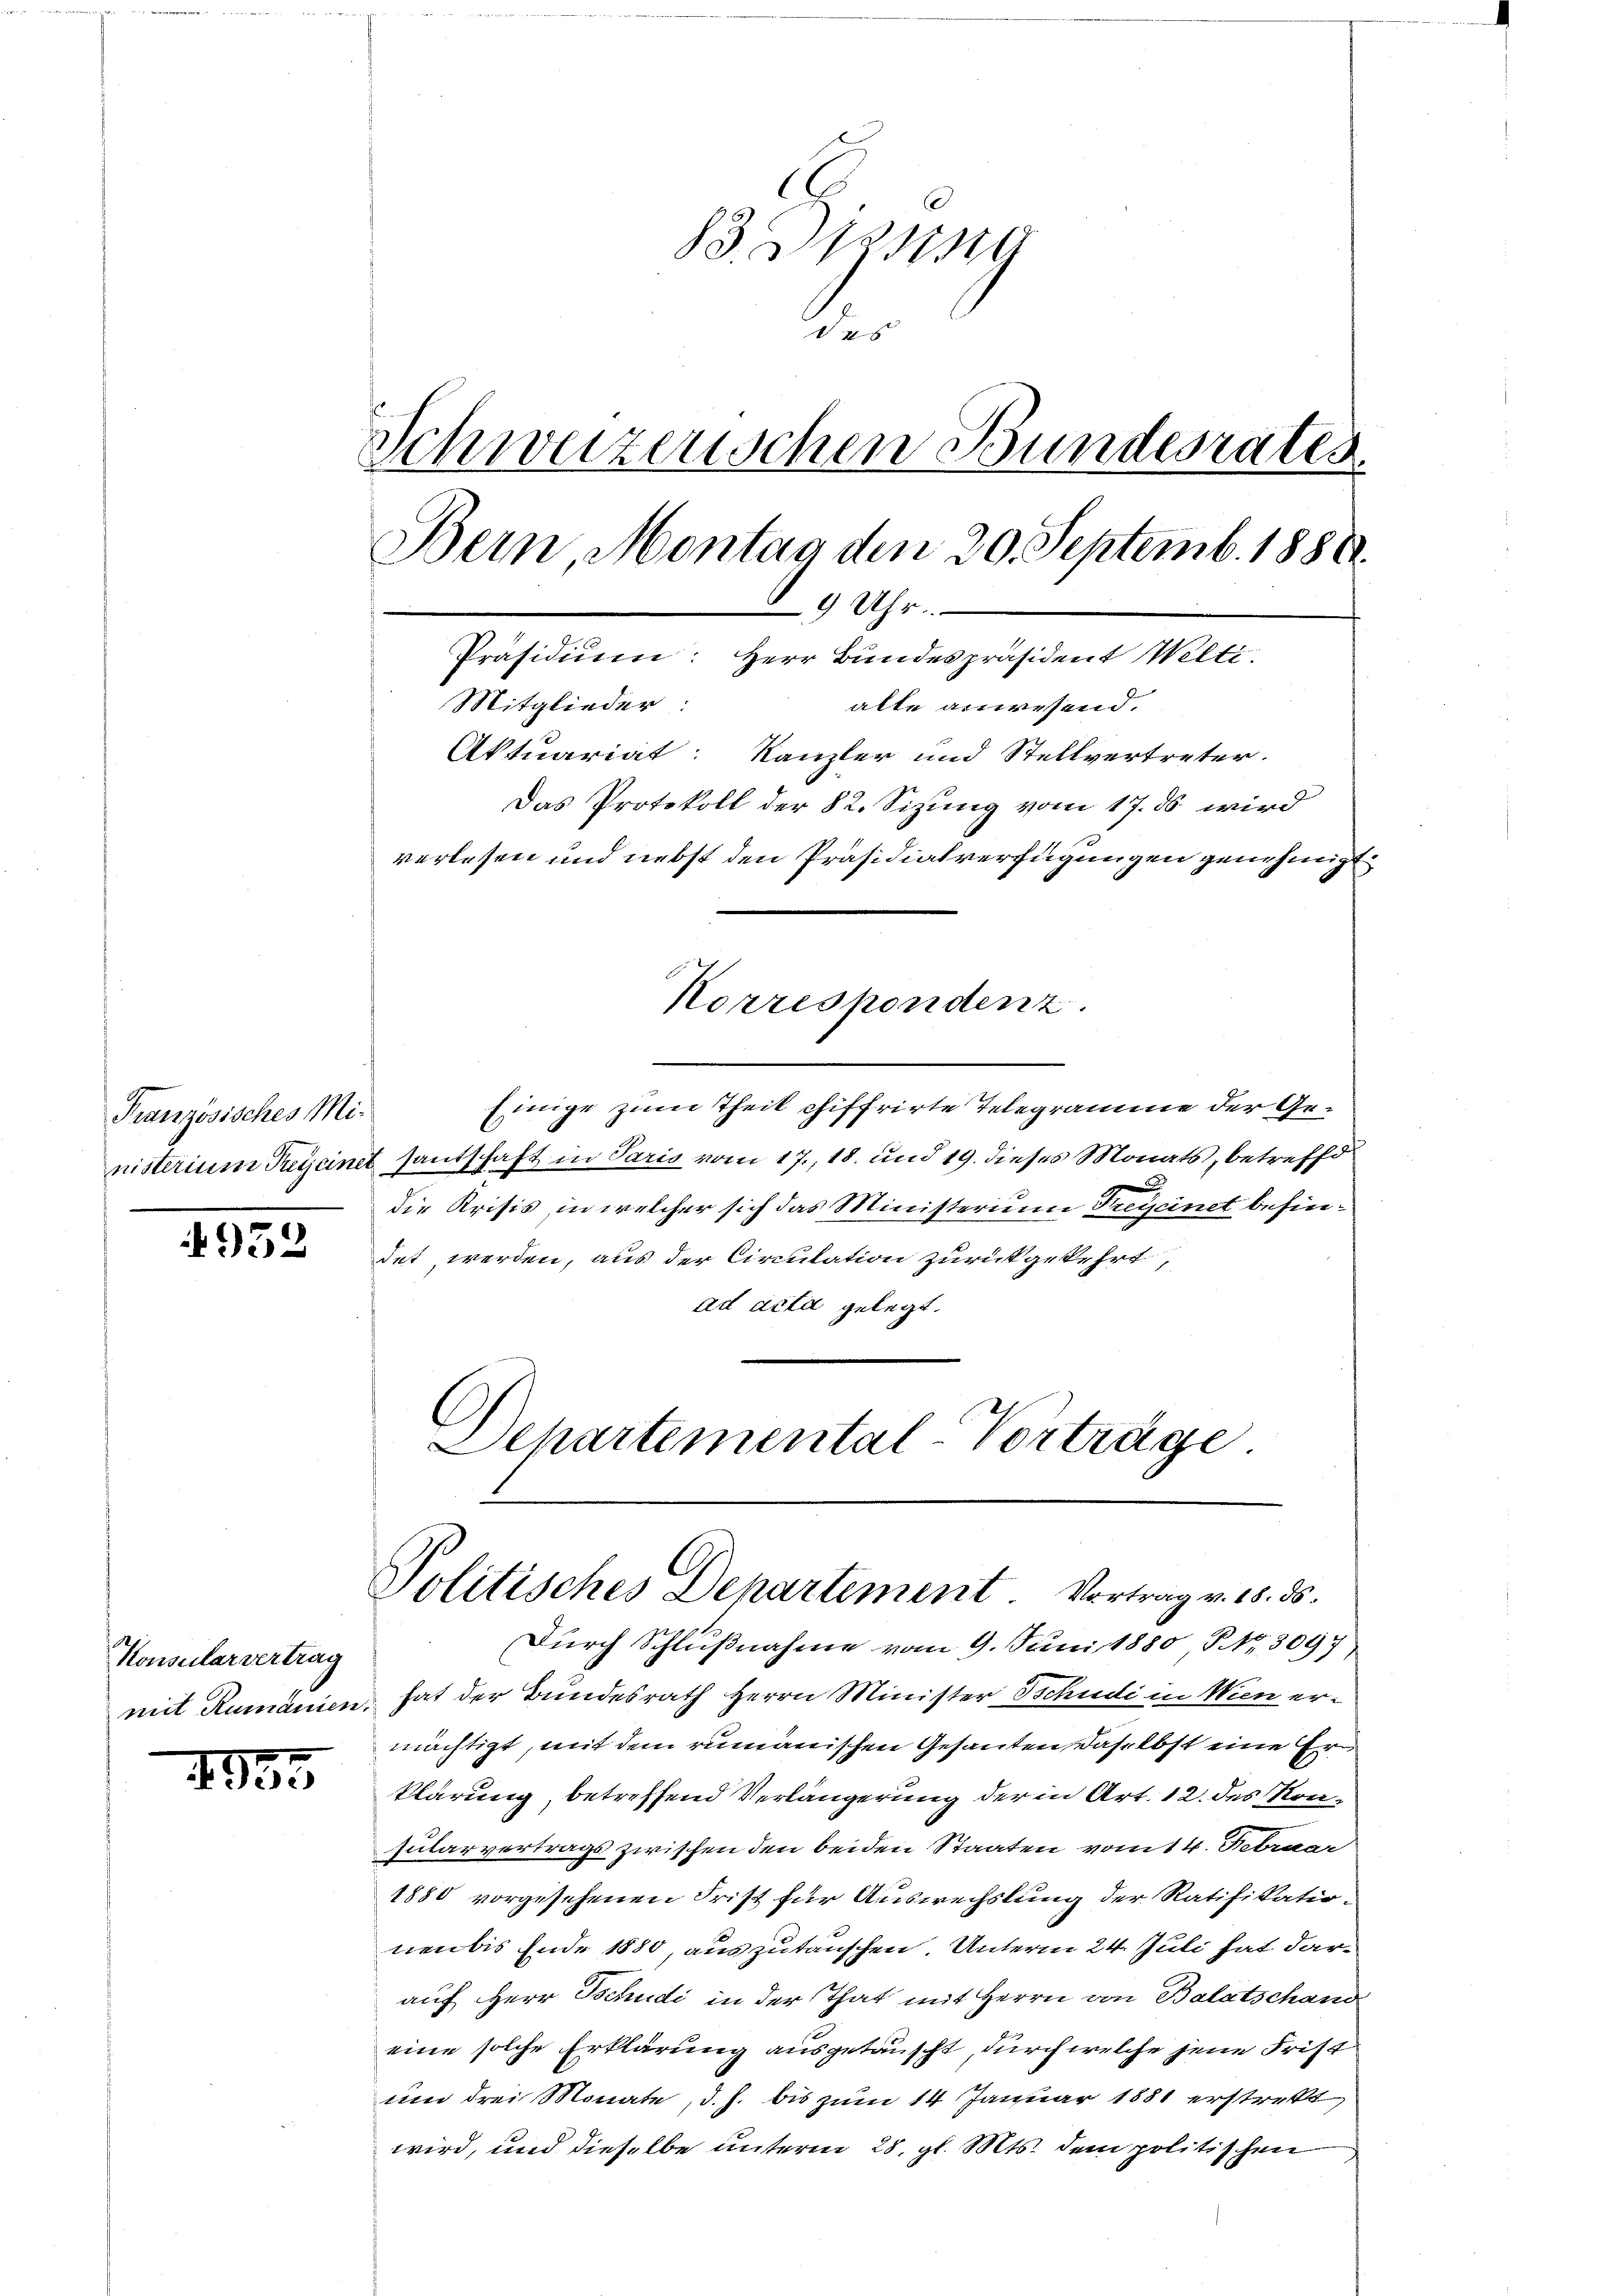
Französisches Mi¬

4952

Konsularvertrag

455

833 sing
des
Schweizerischen Bundesrates.
Bern, Montag den 20. Septemb. 1888.
9 Uhr.
Präsidium: Herr Bundespräsident Welti.
Mitglieder:
alte anwesend.
Aktuariat: Kanzler und Stellvertreter.
Das Protokoll der 82. Sizung vom 17. ds wird
verlesen und nebst den Präsidialverfügungen genehmigt.

Einige zum Theil chiffrirte Telegramme der Genisterium Pricinet santschaft in Paris vom 17., 18. und 19. dieses Monats, betreffe
2
die Krisis in welcher sich das Ministerium Preisinet befindet werden, aus der Circulation zurückgekehrt,
ad acta gelegt.
Departemental-Vorträge

Korrespendenz.

Politisches Departement Vortrag v. 18. ds.

Durch Schlußnahme vom 9. Juni 1880 Fr. 3097
mit Rumänien, hat der Bundesrath Herrn Minister Tschudi in Wien ermächtigt, mit dem rumänischen Gesanten daselbst eine Erklärung, betreffend Verlängerung der in Art. 12. des Non¬
Jularvertrags zwischen den beiden Staaten vom 14. Februar
1880 vorgesehenen Frist für Auswechslung der Ratifikationen bis Ende 1880, auszutauschen. Unterm 24. Juli hat darauf Herr Tschudi in der That mit Herrn von Balatschand
eine solche Erklärung ausgetauscht, durch welche jene Frist
und drei Monate, d. h. bis zum 14 Januar 1881 erstrekt,
wird, und dieselbe unterm 28. gl. Mts. dem politischen